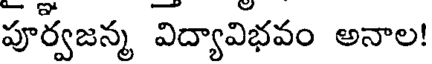
పూర్వజన్మ విద్యావిభవం అనాల!